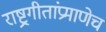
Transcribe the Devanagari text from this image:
राष्ट्रगीतांप्रमाणेच